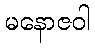
မနောဇဝါ